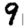
Digit: 9